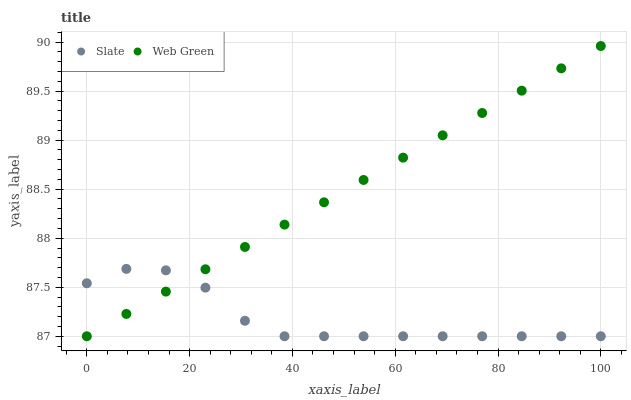
| xaxis_label | Slate | Web Green |
 | --- | --- | --- |
 | 0 | 87.5 | 87 |
 | 7.69 | 87.7 | 87.2 |
 | 15.4 | 87.7 | 87.5 |
 | 23.1 | 87.5 | 87.7 |
 | 30.8 | 87.2 | 87.9 |
 | 38.5 | 87 | 88.1 |
 | 46.2 | 87 | 88.4 |
 | 53.8 | 87 | 88.6 |
 | 61.5 | 87 | 88.8 |
 | 69.2 | 87 | 89 |
 | 76.9 | 87 | 89.3 |
 | 84.6 | 87 | 89.5 |
 | 92.3 | 87 | 89.7 |
 | 100 | 87 | 90 |